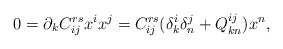
\begin{align*}0=\partial _kC^{rs}_{ij}x^ix^j= C^{rs}_{ij}(\delta ^i_k \delta ^j_n+Q^{ij}_{kn})x^n,\end{align*}